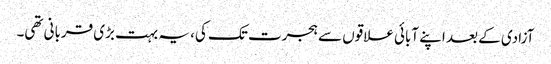
آزادی کے بعد اپنے آبائی علاقوں سے ہجرت تک کی، یہ بہت بڑی قربانی تھی۔